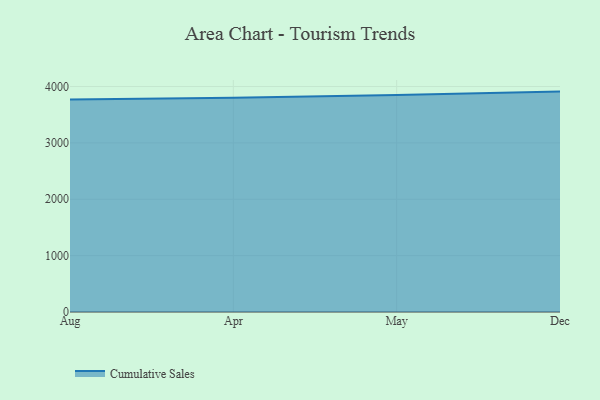
{"axis": {"x": "Month", "y": "Website Visitors"}, "legend": ["Cumulative Sales"], "data": [{"x": "Aug", "y": 3771.0, "type": "Cumulative Sales"}, {"x": "Apr", "y": 3802.7, "type": "Cumulative Sales"}, {"x": "May", "y": 3849.0, "type": "Cumulative Sales"}, {"x": "Dec", "y": 3910.0, "type": "Cumulative Sales"}]}